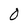
Character: 0